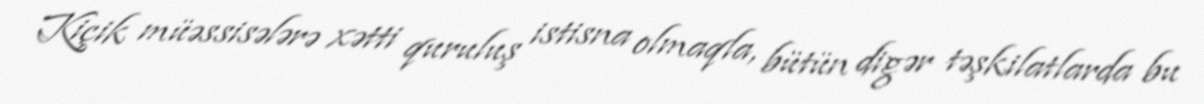
Kiçik müəssisələrə xətti quruluş istisna olmaqla, bütün digər təşkilatlarda bu